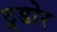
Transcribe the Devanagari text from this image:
टूडोर